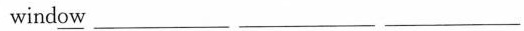
wind\underline{ow} ___ ___ ___